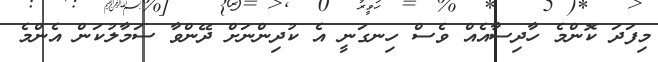
މިފަދަ ކޮންމެ ހާދިސާއެއް ވެސް ހިނގަނީ އެ ކުދިންނަށް ދޭންވާ ސަމާލުކަން އެންމެ